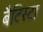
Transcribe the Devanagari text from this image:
बैटिस्टा